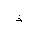
Letter: _thal